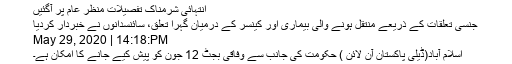
انتہائی شرمناک تفصیلات منظر عام پر آگئیں
جنسی تعلقات کے ذریعے منتقل ہونے والی بیماری اور کینسر کے درمیان گہرا تعلق، سائنسدانوں نے خبردار کردیا
May 29, 2020 | 14:18:PM
اسلام آباد(ڈیلی پاکستان آن لائن ) حکومت کی جانب سے وفاقی بجٹ 12 جون کو پیش کیے جانے کا امکان ہے۔